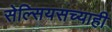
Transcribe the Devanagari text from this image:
सेल्सियसच्याही